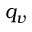
q _ { v }